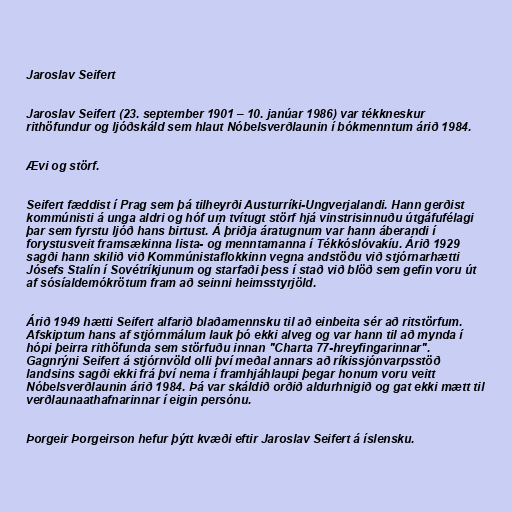
Jaroslav Seifert

Jaroslav Seifert (23. september 1901 – 10. janúar 1986) var tékkneskur
rithöfundur og ljóðskáld sem hlaut Nóbelsverðlaunin í bókmenntum árið 1984.

Ævi og störf.

Seifert fæddist í Prag sem þá tilheyrði Austurríki-Ungverjalandi. Hann gerðist
kommúnisti á unga aldri og hóf um tvítugt störf hjá vinstrisinnuðu útgáfufélagi
þar sem fyrstu ljóð hans birtust. Á þriðja áratugnum var hann áberandi í
forystusveit framsækinna lista- og menntamanna í Tékkóslóvakíu. Árið 1929
sagði hann skilið við Kommúnistaflokkinn vegna andstöðu við stjórnarhætti
Jósefs Stalín í Sovétríkjunum og starfaði þess í stað við blöð sem gefin voru út
af sósíaldemókrötum fram að seinni heimsstyrjöld.

Árið 1949 hætti Seifert alfarið blaðamennsku til að einbeita sér að ritstörfum.
Afskiptum hans af stjórnmálum lauk þó ekki alveg og var hann til að mynda í
hópi þeirra rithöfunda sem störfuðu innan "Charta 77-hreyfingarinnar".
Gagnrýni Seifert á stjórnvöld olli því meðal annars að ríkissjónvarpsstöð
landsins sagði ekki frá því nema í framhjáhlaupi þegar honum voru veitt
Nóbelsverðlaunin árið 1984. Þá var skáldið orðið aldurhnigið og gat ekki mætt til
verðlaunaathafnarinnar í eigin persónu.

Þorgeir Þorgeirson hefur þýtt kvæði eftir Jaroslav Seifert á íslensku.